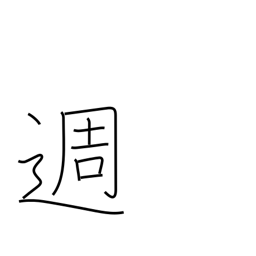
Meaning: week